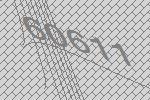
60611